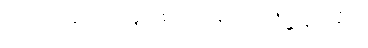
အရဟတ္တဖိုလ်မရလျှင် စကားမပြောဟု ဓိဋ္ဌာန်ကျင့်ပုံ။